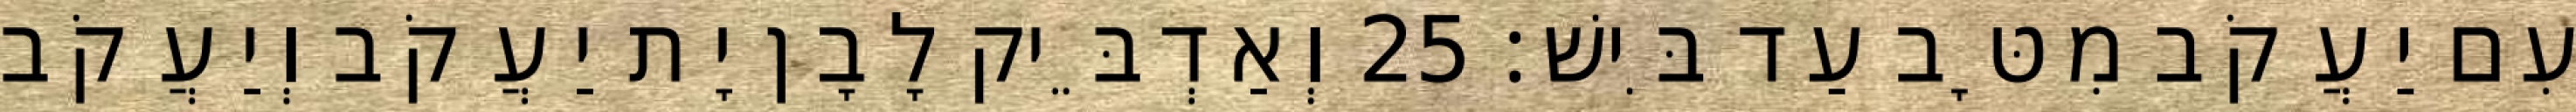
עִם יַעֲקֹב מִטָּב עַד בִּישׁ׃ 25 וְאַדְבֵּיק לָבָן יָת יַעֲקֹב וְיַעֲקֹב